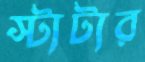
স্টাটার